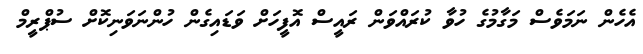
އެހެން ނަމަވެސް މަގާމުގެ ހުވާ ކުރައްވަން ރައީސް އޮފީހަށް ވަޑައިގެން ހުންނަވަނިކޮށް ސުޕްރީމް